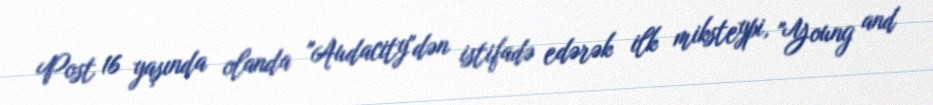
Post 16 yaşında olanda "Audacity"dən istifadə edərək ilk miksteypi, "Young and